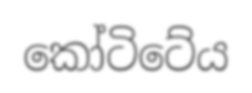
කෝටිටේය